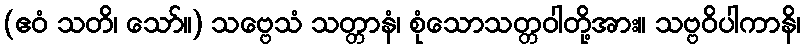
(ဧဝံ သတိ၊ သော်။) သဗ္ဗေသံ သတ္တာနံ၊ စုံသောသတ္တဝါတို့အား။ သဗ္ဗဝိပါကာနိ၊